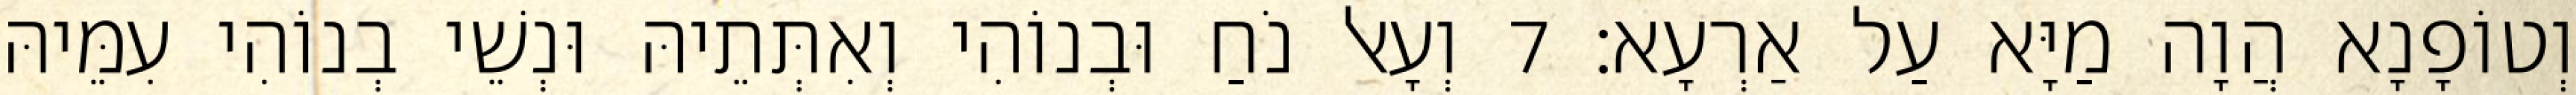
וְטוֹפָנָא הֲוָה מַיָּא עַל אַרְעָא׃ 7 וְעָאל נֹחַ וּבְנוֹהִי וְאִתְּתֵיהּ וּנְשֵׁי בְנוֹהִי עִמֵּיהּ